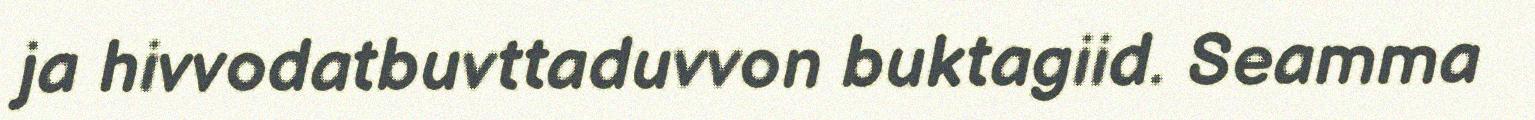
ja hivvodatbuvttaduvvon buktagiid. Seamma